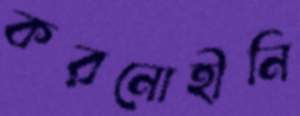
করনোহীনি